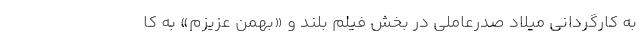
به کارگردانی میلاد صدرعاملی در بخش فیلم بلند و «بهمن عزیزم» به کا